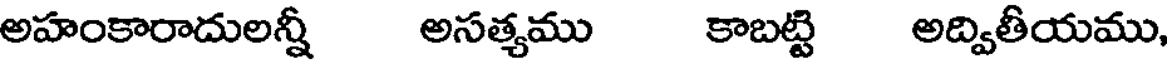
అహంకారాదులన్నీ అసత్యము కాబట్టి అద్వితీయము,